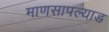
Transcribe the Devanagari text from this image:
माणसापल्याड